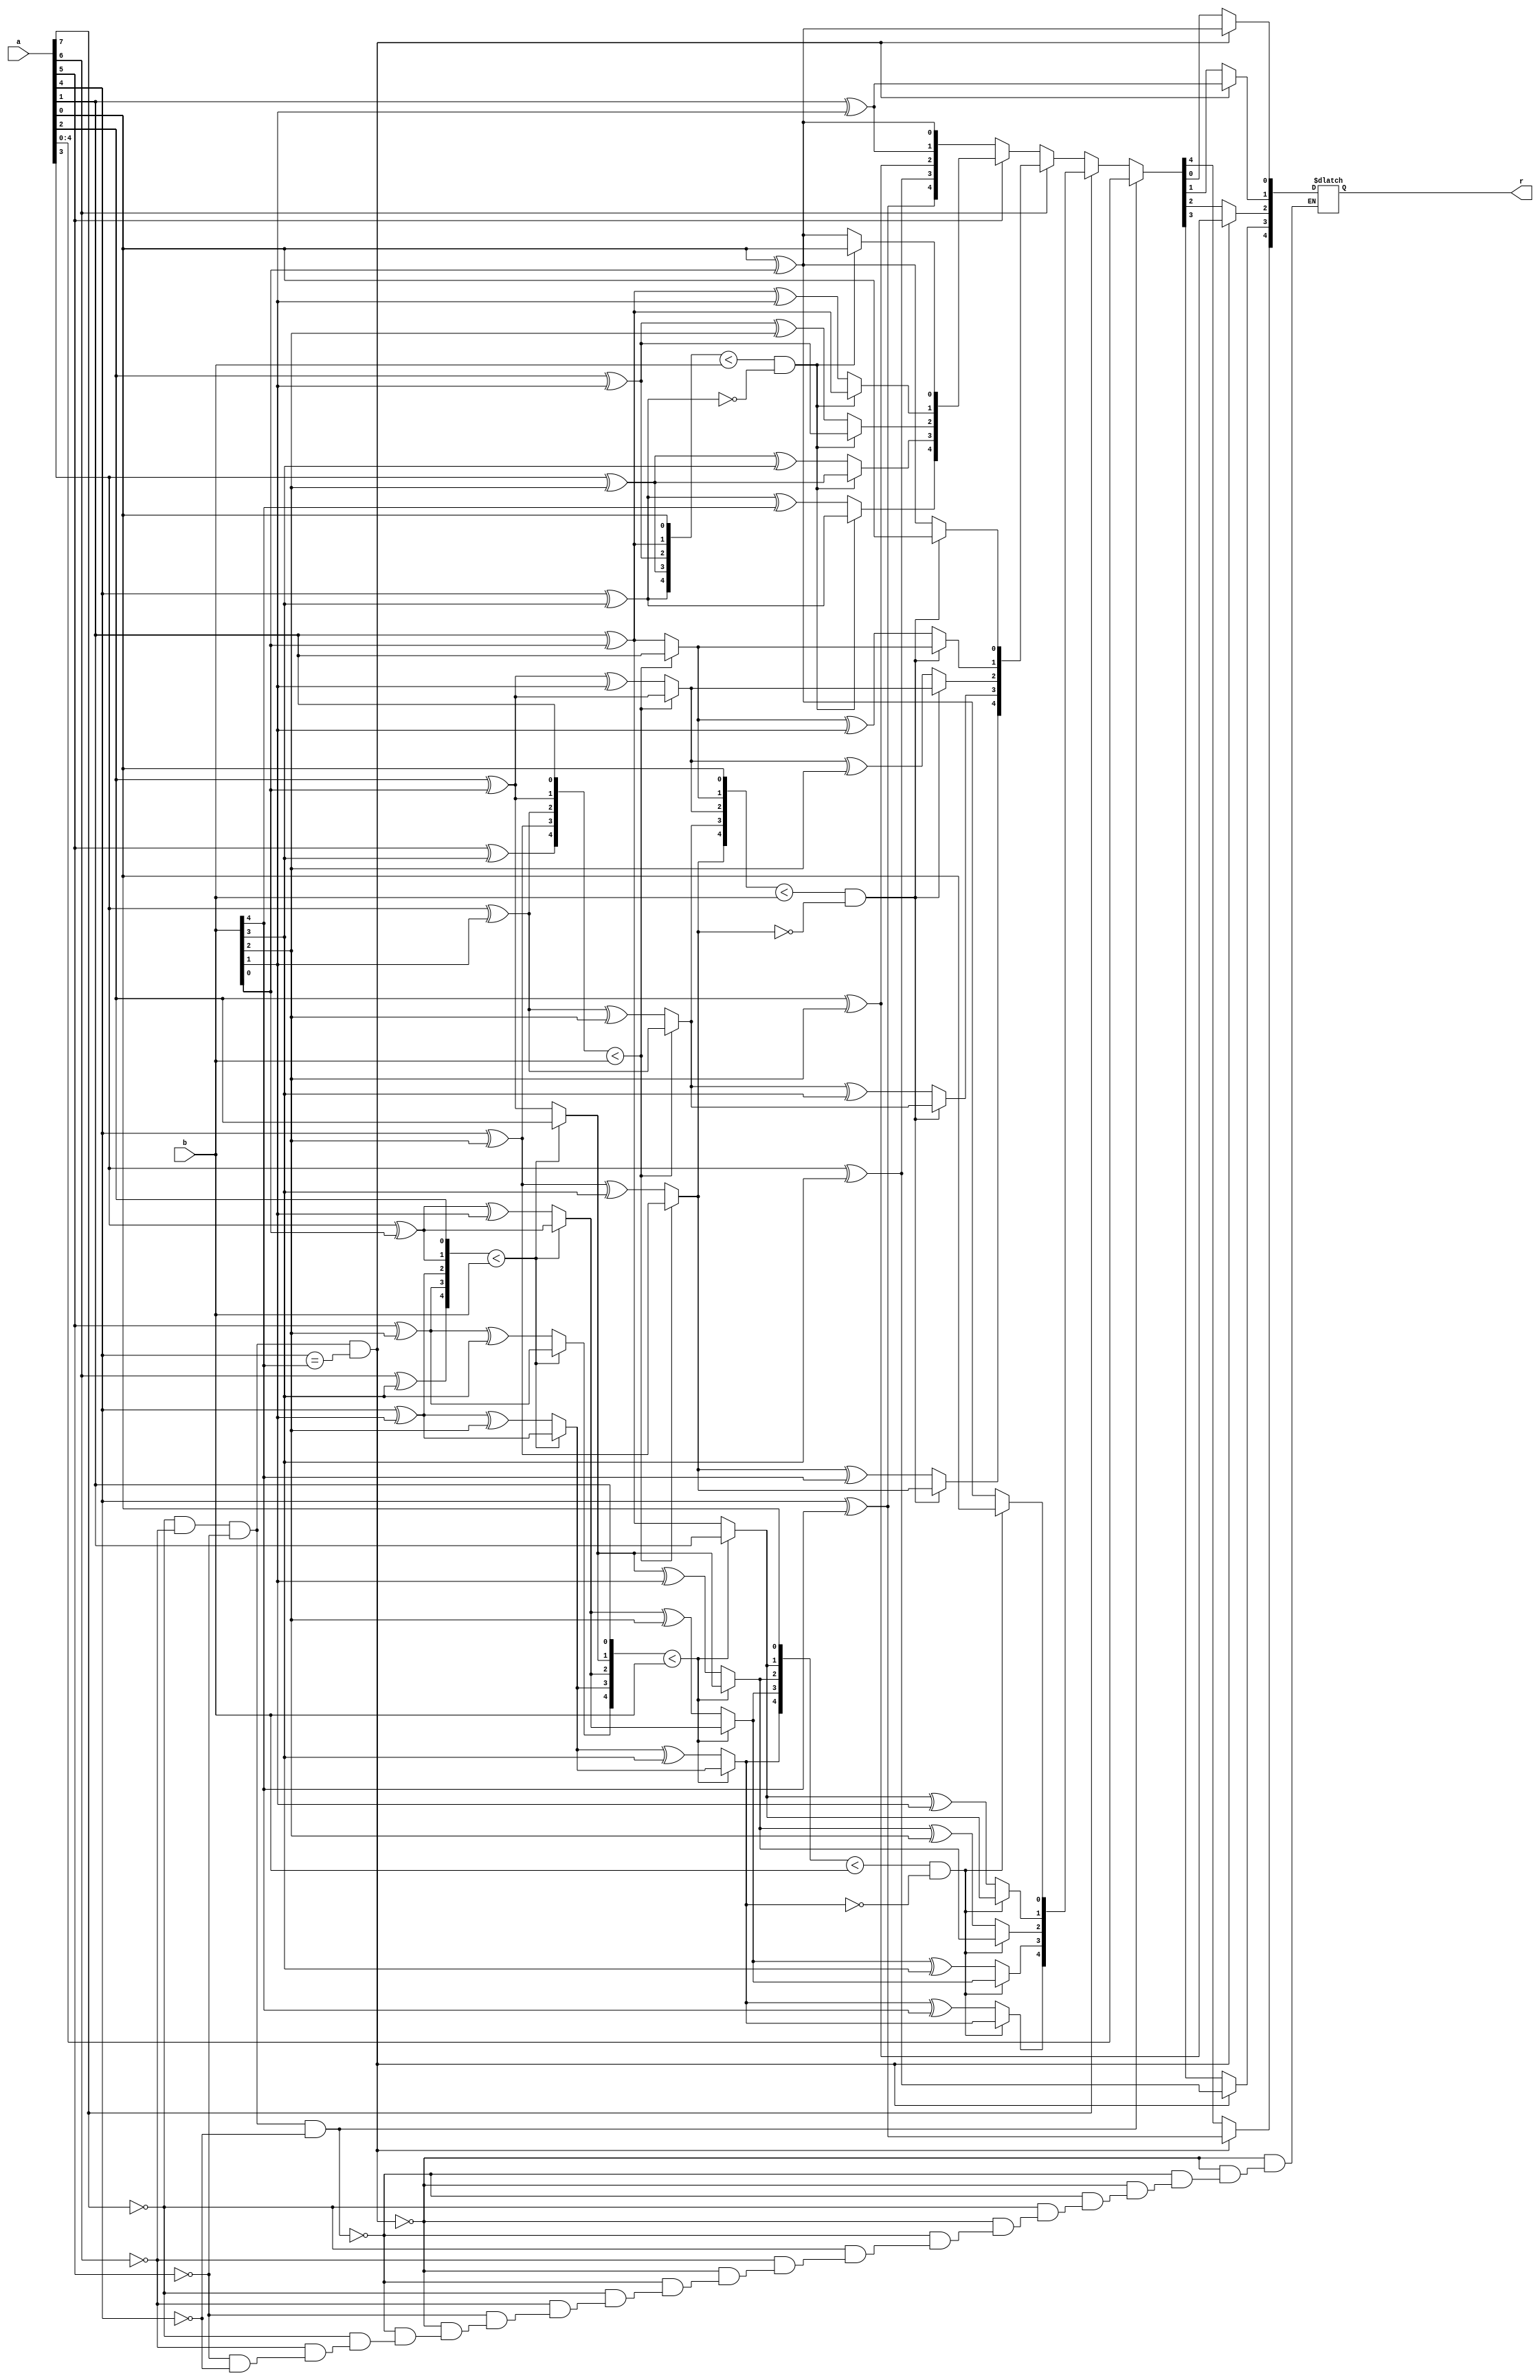
//to implement: a(z) % f(z),find q and remainder

module modulo(r,a,b);
//output reg [3:0]q;
output reg [4:0]r;
input [7:0]a;
input [4:0]b;
reg [7:0]reg_a;
reg [4:0]reg_b;
reg [3:0]q;

always@(a or b)
begin
//same size of a and b,a is smaller

if( (a[7]==0) & (a[6]==0) & (a[5]==0) & (a[4]==b[4]) )  
begin
		q=1'b1;
		r[4]=a[4] ^ b[4];
		r[3]=a[3] ^ b[3];
		r[2]=a[2] ^ b[2];
		r[1]=a[1] ^ b[1];
		r[0]=a[0] ^ b[0];
end

else if ((a[7]==0) & (a[6]==0) & (a[5]==0) & (a[4]==0))  // a is less than b
begin
	
		r[4:0]=a[4:0];
		q=4'b0000;  
end

else //a>b

begin
reg_a=a;
reg_b=b;
	if (a[7]==1'b1)
	begin
		q[3]=1'b1;
		reg_a[7]=reg_a[7] ^ b[4];
		reg_a[6]=reg_a[6] ^ b[3];
		reg_a[5]=reg_a[5] ^ b[2];
		reg_a[4]=reg_a[4] ^ b[1];
		reg_a[3]=reg_a[3] ^ b[0];
	
	
		if(reg_a[6:2]<b[4:0])
		begin q[2]=1'b0; end
		else begin 
		reg_a[6]=reg_a[6] ^ b[4];
		reg_a[5]=reg_a[5] ^ b[3];
		reg_a[4]=reg_a[4] ^ b[2];
		reg_a[3]=reg_a[3] ^ b[1];
		reg_a[2]=reg_a[2] ^ b[0];
		q[2]=1'b1;
		     end

		
		if(reg_a[5:1]<b[4:0])
		begin q[1]=1'b0; end
		else begin 
		reg_a[5]=reg_a[5] ^ b[4];
		reg_a[4]=reg_a[4] ^ b[3];
		reg_a[3]=reg_a[3] ^ b[2];
		reg_a[2]=reg_a[2] ^ b[1];
		reg_a[1]=reg_a[1] ^ b[0];
		q[1]=1'b1;
		     end

		
		if(reg_a[4:0]<b[4:0] & (reg_a[4]!=1'b1))
		 begin 
		r[4]=reg_a[4];
		r[3]=reg_a[3];
		r[2]=reg_a[2];
		r[1]=reg_a[1];
		r[0]=reg_a[0];
		q[0]=1'b0; 
		end
		
		else begin 
		r[4]=reg_a[4] ^ b[4];
		r[3]=reg_a[3] ^ b[3];
		r[2]=reg_a[2] ^ b[2];
		r[1]=reg_a[1] ^ b[1];
		r[0]=reg_a[0] ^ b[0];
		q[0]=1'b1;
		q[0]=1'b1;
		     end

	end

	
	else if(a[6]==1)
	begin

		q[3]=1'b0;q[2]=1'b1;
		reg_a[6]=reg_a[6] ^ b[4];
		reg_a[5]=reg_a[5] ^ b[3];
		reg_a[4]=reg_a[4] ^ b[2];
		reg_a[3]=reg_a[3] ^ b[1];
		reg_a[2]=reg_a[2] ^ b[0];
	
		if(reg_a[5:1]<b[4:0])
		begin q[1]=1'b0; end
		else begin 
		reg_a[5]=reg_a[5] ^ b[4];
		reg_a[4]=reg_a[4] ^ b[3];
		reg_a[3]=reg_a[3] ^ b[2];
		reg_a[2]=reg_a[2] ^ b[1];
		reg_a[1]=reg_a[1] ^ b[0];
		q[1]=1'b1;
		     end

		if(reg_a[4:0]<b[4:0] & (reg_a[4]!=1'b1))

		begin q[0]=1'b0;
		r[4]=reg_a[4];
		r[3]=reg_a[3];
		r[2]=reg_a[2];
		r[1]=reg_a[1];
		r[0]=reg_a[0];
		 end
		else begin 
		r[4]=reg_a[4] ^ b[4];
		r[3]=reg_a[3] ^ b[3];
		r[2]=reg_a[2] ^ b[2];
		r[1]=reg_a[1] ^ b[1];
		r[0]=reg_a[0] ^ b[0];
		q[0]=1'b1;
		
		     end

	end

	else if(a[5]==1)
	begin

		q[3]=1'b0;q[2]=1'b0;q[1]=1'b1;
		reg_a[5]=reg_a[5] ^ b[4];
		reg_a[4]=reg_a[4] ^ b[3];
		reg_a[3]=reg_a[3] ^ b[2];
		reg_a[2]=reg_a[2] ^ b[1];
		reg_a[1]=reg_a[1] ^ b[0];

		if(reg_a[4:0]<b[4:0] & (reg_a[4]!=1'b1))
		begin 
		r[4]=reg_a[4];
		r[3]=reg_a[3];
		r[2]=reg_a[2];
		r[1]=reg_a[1];
		r[0]=reg_a[0];
		q[0]=1'b0; end
		else begin 
		r[4]=reg_a[4] ^ b[4];
		r[3]=reg_a[3] ^ b[3];
		r[2]=reg_a[2] ^ b[2];
		r[1]=reg_a[1] ^ b[1];
		r[0]=reg_a[0] ^ b[0];
		q[0]=1'b1;
		     end
		
	end

	else if(a[4]==1)
	begin
		q[3]=1'b0;q[2]=1'b0;q[1]=1'b0;q[0]=1'b1;
		r[4]=reg_a[4] ^ b[4];
		r[3]=reg_a[3] ^ b[3];
		r[2]=reg_a[2] ^ b[2];
		r[1]=reg_a[1] ^ b[1];
		r[0]=reg_a[0] ^ b[0];
		q[0]=1'b1;

	end

end
end
endmodule


//module modulo(q,r,a,b);
module tb_modulo();
wire [4:0]r; 
reg [7:0]a;
reg [4:0]b;
modulo uut(.r(r),.a(a),.b(b));
initial begin
a=8'b01001010;b=5'b10011;
#10 a=8'b00010011;b=5'b10011;
#10 a=8'b10100000; b=5'b10011;
#10 a=8'b00010010; b=5'b10011;
#10 a=8'b00000010; b=5'b10011;
#10 a=8'b00010011;b=5'b10011;
#10 a=8'b00011110; b=5'b10011;
#40 $stop;
end
endmodule